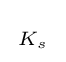
{\begin{smallmatrix}K_{s}\end{smallmatrix}}